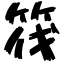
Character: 筏